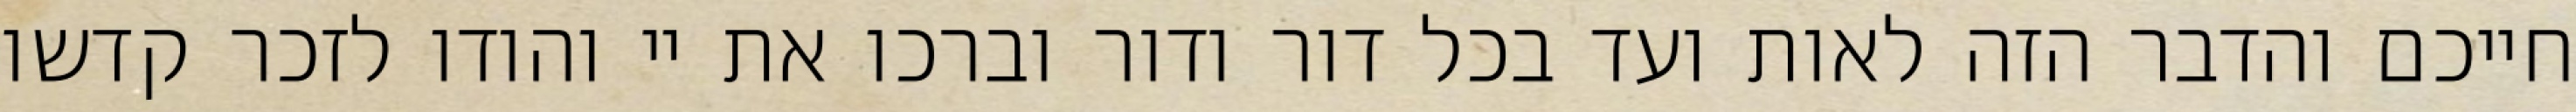
חייכם והדבר הזה לאות ועד בכל דור ודור וברכו את יי והודו לזכר קדשו